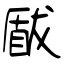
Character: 瞂